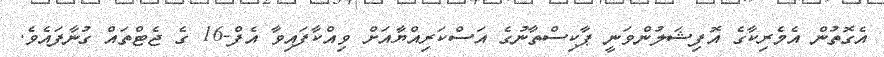
އެގޮތުން އެމެރިކާގެ އޮފިޝަލުންވަނީ ޕާކިސްތާނުގެ އަސްކަރިއްޔާއަށް ވިއްކާފައިވާ އެފް-16 ގެ ޖެޓްތައް ގުނާފައެވެ.